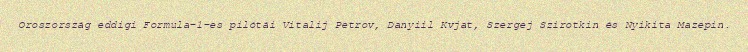
Oroszország eddigi Formula–1-es pilótái Vitalij Petrov, Danyiil Kvjat, Szergej Szirotkin és Nyikita Mazepin.